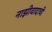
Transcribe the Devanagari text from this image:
नाझीवादाची